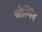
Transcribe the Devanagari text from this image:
वोल्पिन